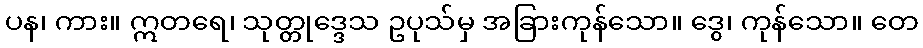
ပန၊ ကား။ ဣတရေ၊ သုတ္တုဒ္ဒေသ ဥပုသ်မှ အခြားကုန်သော။ ဒွေ၊ ကုန်သော။ တေ